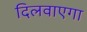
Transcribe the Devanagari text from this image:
दिलवाएगा